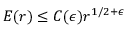
E ( r ) \leq C ( \epsilon ) r ^ { 1 / 2 + \epsilon }